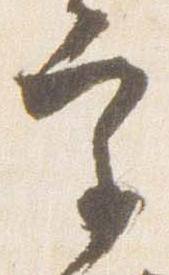
宮